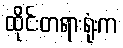
ထိုင်းတရားရုံးက